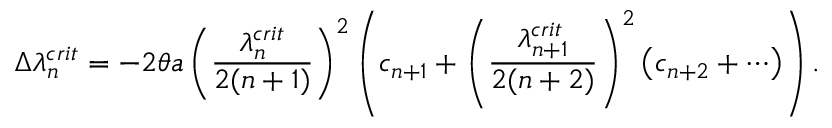
\Delta \lambda _ { n } ^ { c r i t } = - 2 \theta a \left( \frac { \lambda _ { n } ^ { c r i t } } { 2 ( n + 1 ) } \right) ^ { 2 } \left( c _ { n + 1 } + \left( \frac { \lambda _ { n + 1 } ^ { c r i t } } { 2 ( n + 2 ) } \right) ^ { 2 } \left( c _ { n + 2 } + \cdots \right) \right) .